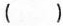
()